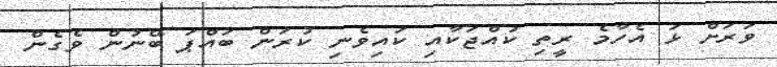
ވަރަށް ޅަ އެހާމެ ރީތި ކުއްޖަކާއި ކައިވެނި ކުރަން ބައްޕަ ބޭނުން ވެގެން